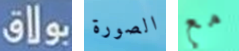
بولاق الصورة مع